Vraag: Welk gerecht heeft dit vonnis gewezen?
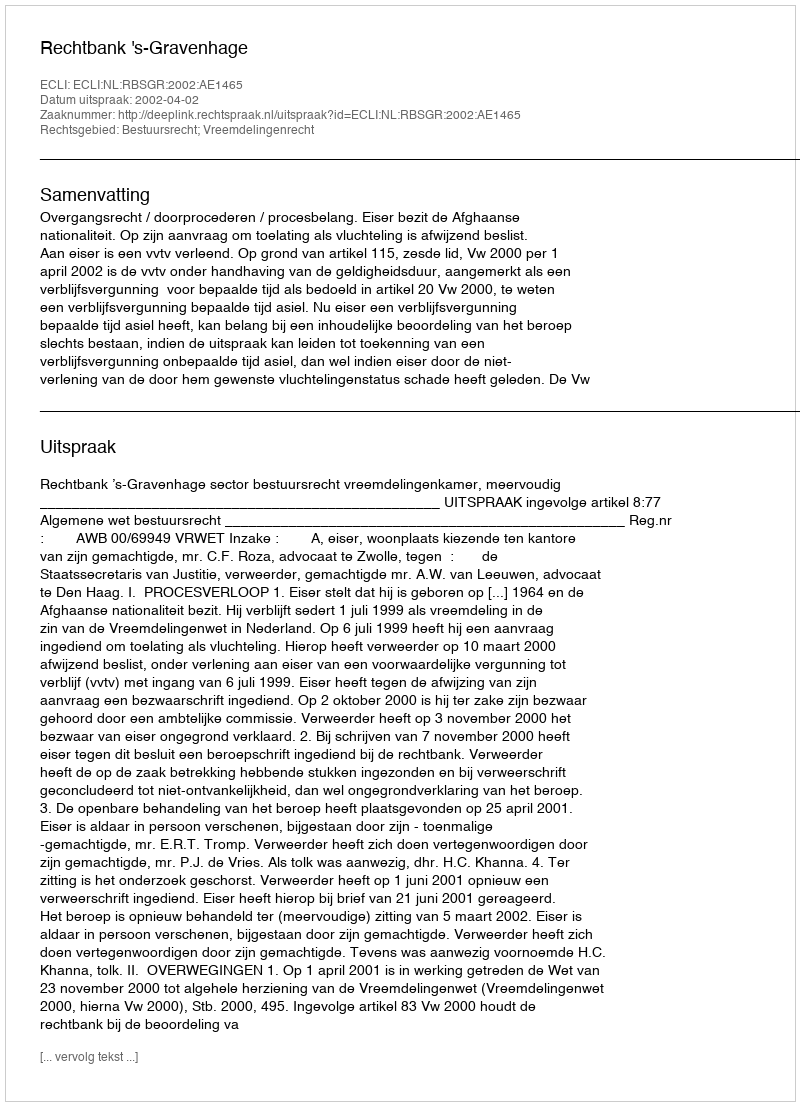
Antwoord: Rechtbank 's-Gravenhage